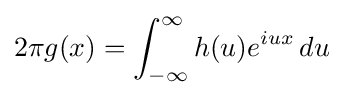
2\pi g(x)=\int _{-\infty }^{\infty }h(u)e^{iux}\,du